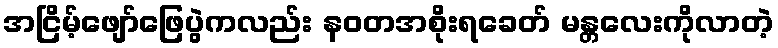
အငြိမ့်ဖျော်ဖြေပွဲကလည်း နဝတအစိုးရခေတ် မန္တလေးကိုလာတဲ့